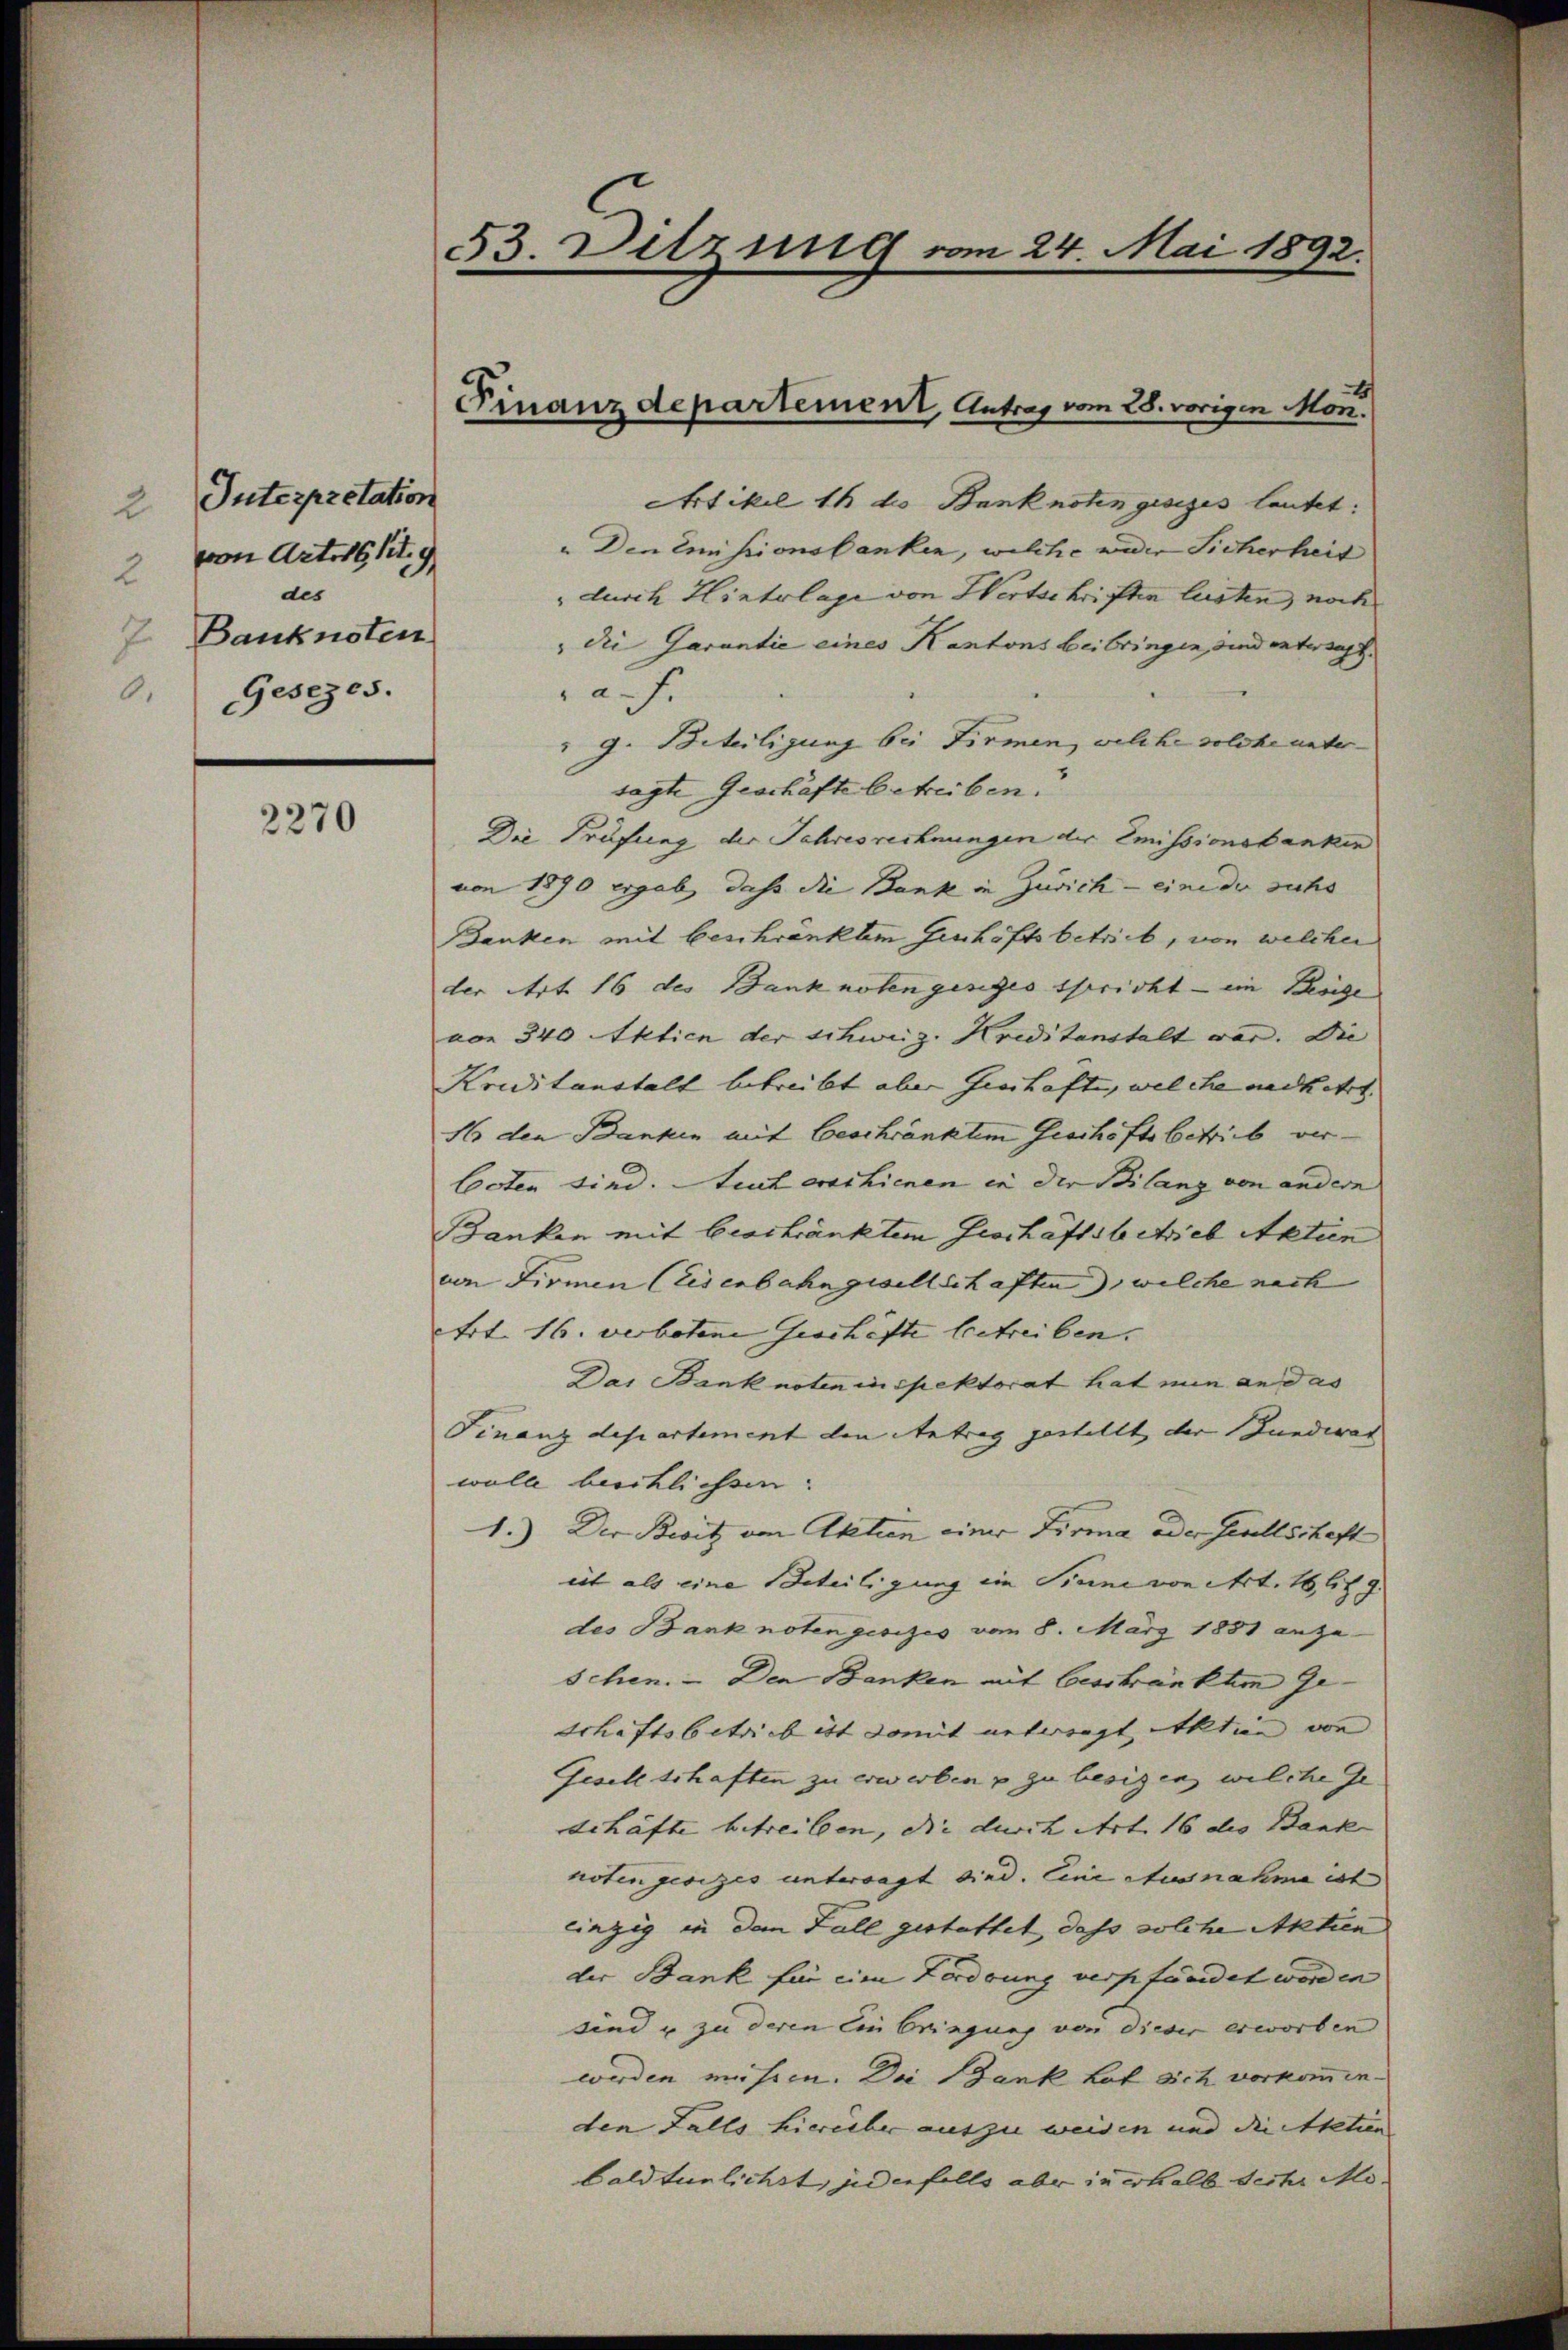
Interpretation
von Arter lit. 9
des
2 Banknoten
Gesezes.
0.

2270

53. Ditzung vom 24. Mai 1892.

Artikel 1 ko Banknoten gesiges lautet:
" Den Emissionsbanken, welche weder Sicherheit
" durch Hintolage von Wertschriften lasten, noch
" die Garantie eines Kantons beibringen, sind untersagt. |
a. F.
" g. Torteiligung bei Firmen, welche solche unter-
sagte Geschäfte betreiben.
Die Prüfung der Jahresrechnungen der Emissionsbanken
von 1890 ergab, dass die Bank in Zürich - eine der suchs
Banken mit beschränktem Geschäftsbetrieb, von welcher
der Art 16 des Banknoten gesezes spricht — ein Besige
von 340 Aktien der schweiz. Kreditanstalt war. Die |
Kreditanstalt betreibt aber Geschaften, welche nadkehrt.
16 den Banken mit Geschränkten Geschäftsbetrieb verboten sind. Auch erschienen in der Bilanz von andern
Banken mit beschränktem Geschäftsbetrieb Aktien
von Firmen (Eisenbahngesellschaften, welche nach
Art. 16. verbotene Geschäfte betreiben. |
Das Banknoten in spektorat hat nun an das
Finanzdepartement den Antrag gestellt der Gunderar
wolle biechlichen.
1.) Der Besitz von Aktien einer Firma oder Gesellschaft
eit als eine Beteiligung ein Sinne von Art. 16 lit g
des Banknotengesezes vom 8. März 1881 anzu-
schen. - Den Banken mit beschränkten Ge-
schäftsbetrieb ist damit unteregt, Aktien von
Gesellschaften zu erwerben u zu besizen, welche Ge
schäfte betreiben, die durch Art. 16 des Bank
noten gesezes unterragt sind. Eine Ausnahme ist
einzig in dem Fall gestattet, dass solche Aktien
der Bank für eine Forderung verpfändet worden
sind u zu deren Ein bringung von dieser erworben
werden müssen. Die Bank hat sich vorkommenden Falls hierüber aus zu weiden und die Statien |
Caldtunlichst, jedenfalls aber in erhalb sechs Mo¬

Finanzdepartement, Antrag vom 28. vorigen Mon.